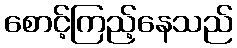
စောင့်ကြည့်နေသည်